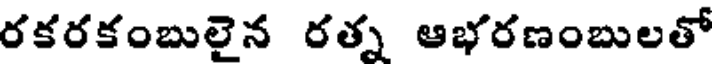
రకరకంబులైన రత్న ఆభరణంబులతో